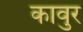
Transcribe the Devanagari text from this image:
कावुर